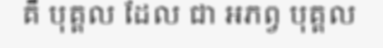
គឺ បុគ្គល ដែល ជា អភព្វ បុគ្គល